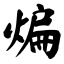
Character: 煸